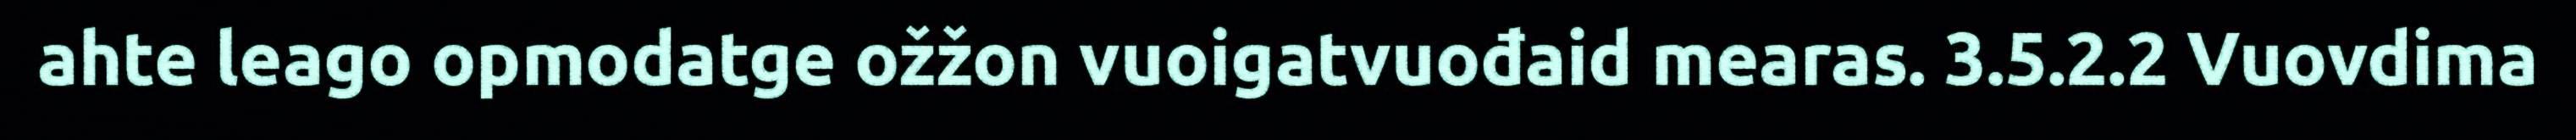
ahte leago opmodatge ožžon vuoigatvuođaid mearas. 3.5.2.2 Vuovdima